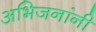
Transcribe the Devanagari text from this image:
अभिजनांनी